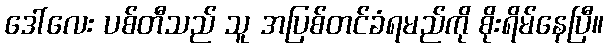
ဒေါ်လေး ပစ်တီသည် သူ အပြစ်တင်ခံရမည်ကို စိုးရိမ်နေပြီ။